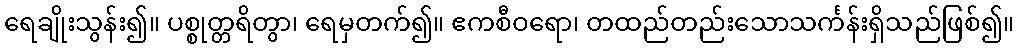
ရေချိုးသွန်း၍။ ပစ္စုတ္တရိတွာ၊ ရေမှတက်၍။ ဧကစီဝရော၊ တထည်တည်းသောသင်္ကန်းရှိသည်ဖြစ်၍။